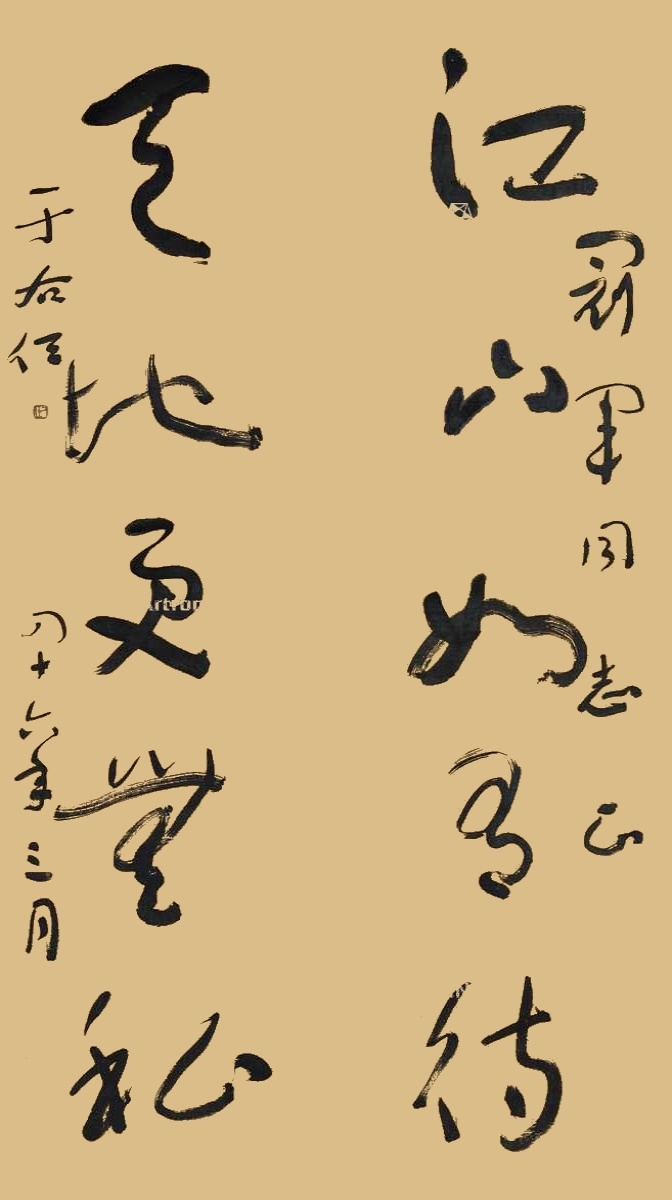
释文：江山如有待，天地更无私。冠军同志正。于右任，四十六年三月。